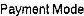
PAYMENT MODE